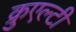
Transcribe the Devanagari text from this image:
क्रुएल्टी